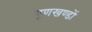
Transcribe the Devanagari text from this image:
गुणखण्डों